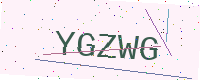
Text: YGZWG